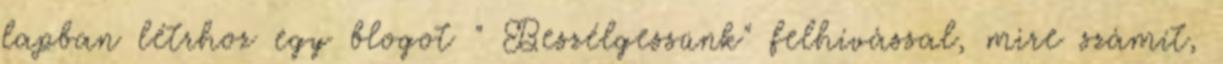
lapban létrhoz egy blogot " Beszélgessünk" felhívással, mire számít,